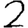
Digit: 2